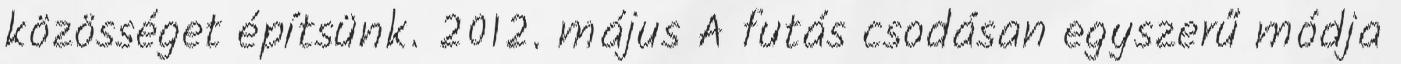
közösséget építsünk. 2012. május A futás csodásan egyszerű módja